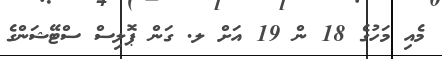
މެއި މަހުގެ 18 ން 19 އަށް ލ. ގަން ޕޮލިސް ސްޓޭޝަންގެ